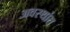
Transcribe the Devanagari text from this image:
अवस्थांत